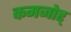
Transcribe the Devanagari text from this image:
कमजोर्